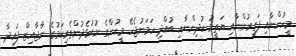
މީހުންނާއި ފަގީރުންނާއި ޔަތީމު ކުދިންނާއި ބުއްދި ހަމަނުޖެހޭ މީހުންގެ ނުކުޅެދުންތެރިކަމުގެ ނާޖާއިޒް ފައިދާ